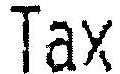
TAX